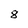
Character: 8